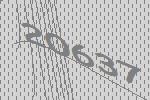
20637